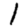
Digit: 1